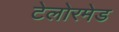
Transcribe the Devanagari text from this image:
टेलोरमेड